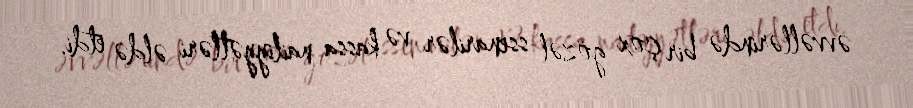
əvvəllərində bir çox gözəl ssenarilər və kassa nailiyyətləri əldə etdi.